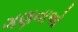
ગણનાઓ